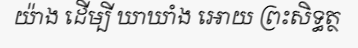
យ៉ាង ដើម្បី ឃាឃាំង អោយ ព្រះសិទ្ធត្ថ